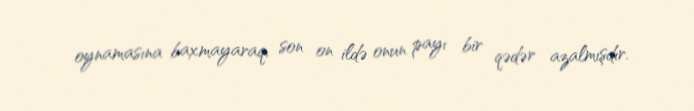
oynamasına baxmayaraq, son on ildə onun payı bir qədər azalmışdır.